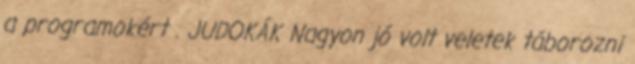
a programokért . JUDOKÁK Nagyon jó volt veletek táborozni